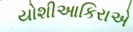
યોશીઆકિરાએ